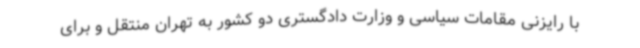
با رایزنی مقامات سیاسی و وزارت دادگستری دو کشور به تهران منتقل و برای